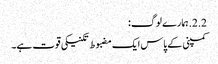
2.2. ہمارے لوگ:
کمپنی کے پاس ایک مضبوط تکنیکی قوت ہے۔